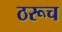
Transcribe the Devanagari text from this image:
ठरूच